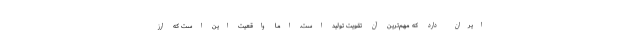
ایران دارد که مهم‌ترین آن تقویت تولید است. اما واقعیت این است که ارز